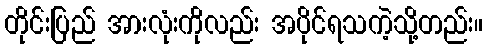
တိုင်းပြည် အားလုံးကိုလည်း အပိုင်ရသကဲ့သို့တည်း။